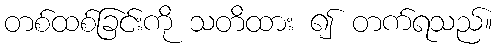
တစ်ထစ်ခြင်းကို သတိထား ၍ တက်ရသည်။